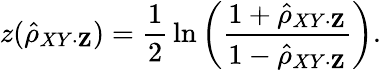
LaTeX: z({\hat{\rho}}_{XY\cdot\mathbf{Z}})={\frac{1}{2}}\ln\left({\frac{1+{\hat{\rho}}_{XY\cdot\mathbf{Z}}}{1-{\hat{\rho}}_{XY\cdot\mathbf{Z}}}}\right).